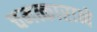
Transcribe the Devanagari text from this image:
चमत्काराने